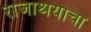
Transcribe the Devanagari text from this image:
राजाश्रयाचा